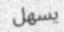
يسھل